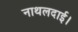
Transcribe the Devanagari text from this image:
नाथलदाई।